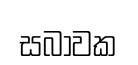
සබාවක